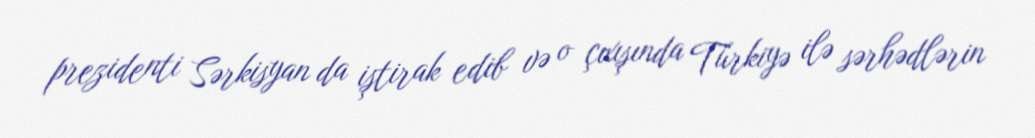
prezidenti Sərkisyan da iştirak edib və o çıxışında Türkiyə ilə sərhədlərin